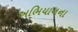
અભિયાનના